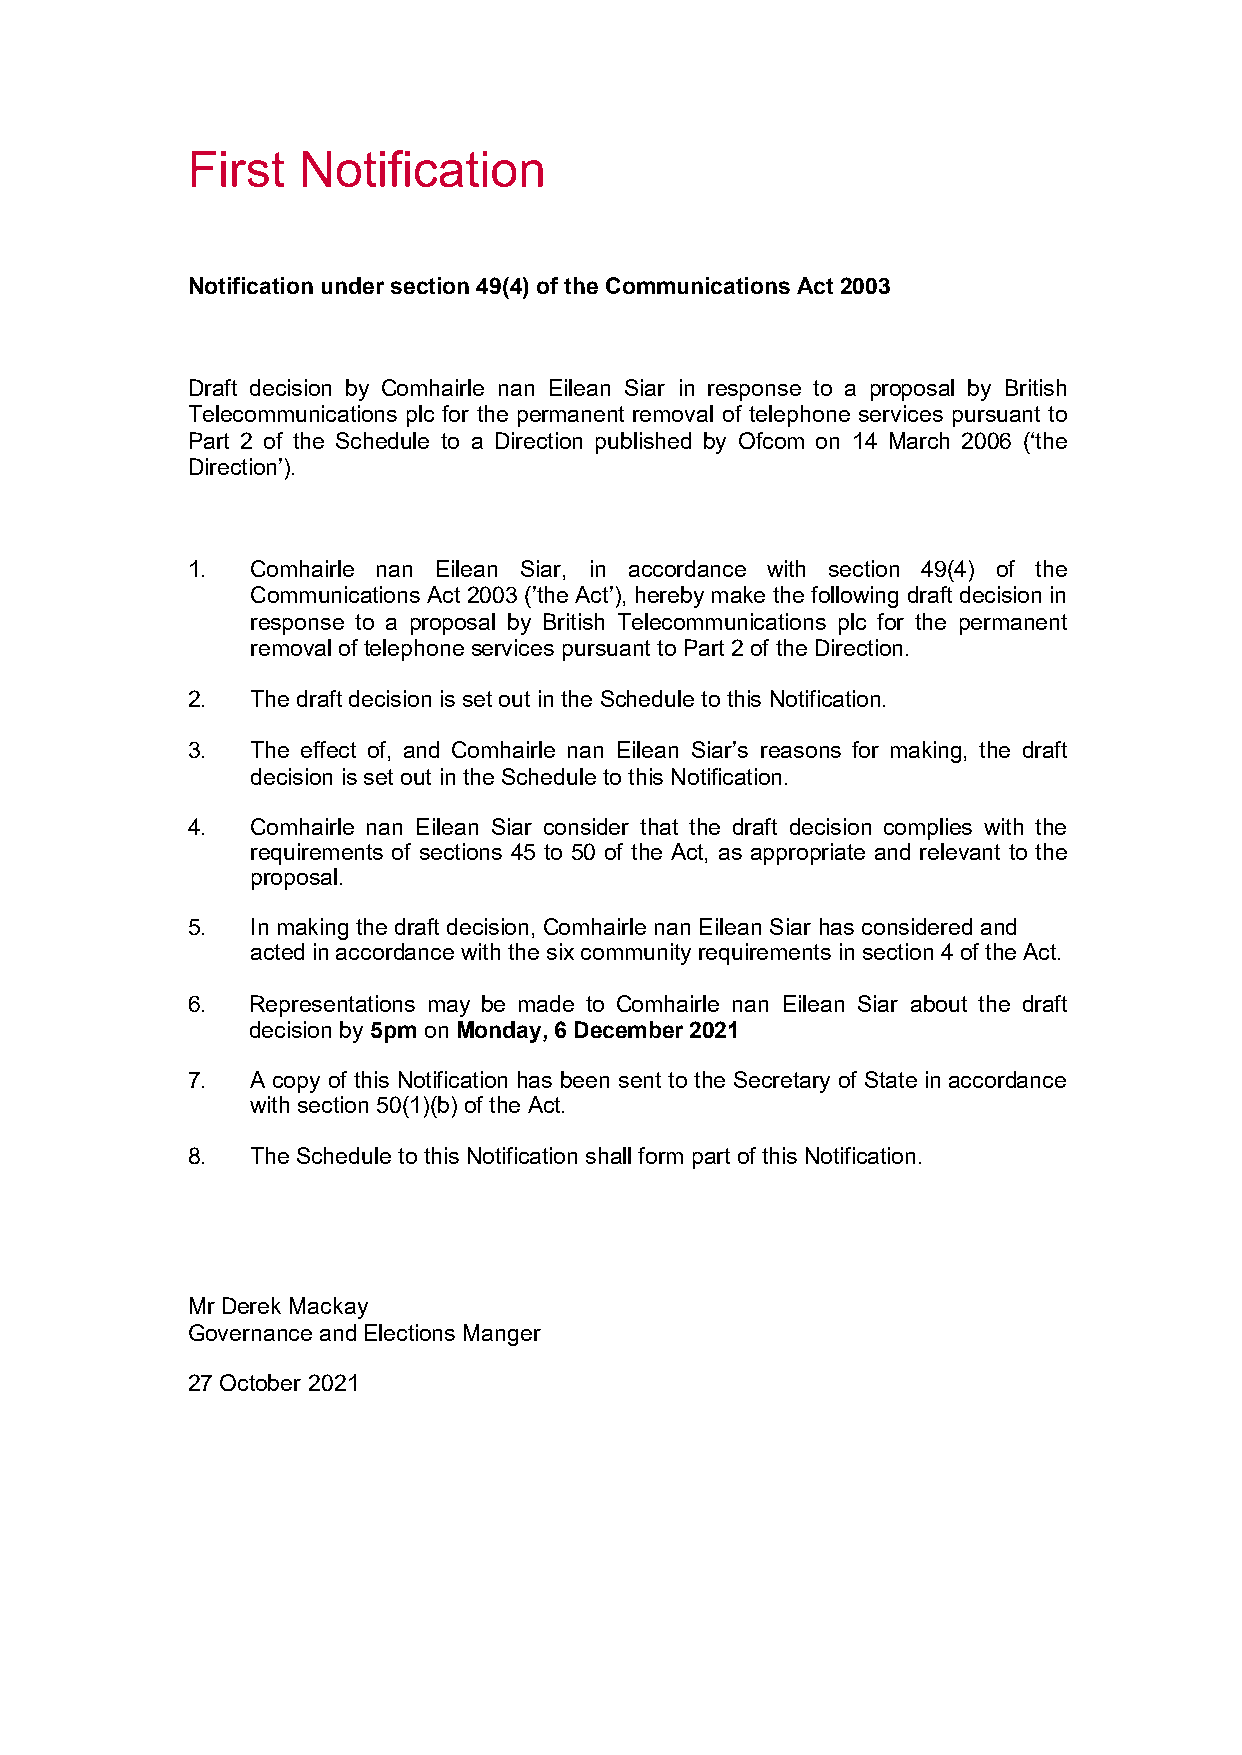
First   Notification
 Notification under section 49(4) of the Communications Act 2003
 Draft decision by Comhairle nan Eilean Siar in response to a proposal by British
 Telecommunications plc for the permanent removal of telephone services pursuant to
 Part 2 of the Schedule to a Direction published by Ofcom on 14 March 2006 (‘the
 Direction’).
 1.   Comhairle nan Eilean Siar, in accordance with section 49(4) of the
 Communications Act 2003 (’the Act’), hereby make the following draft decision in
 response to a proposal by British Telecommunications plc for the permanent
 removal of telephone services pursuant to Part 2 of the Direction.
 2.   The draft decision is set out in the Schedule to this Notification.
 3.   The effect of, and Comhairle nan Eilean Siar’s reasons for making, the draft
 decision is set out in the Schedule to this Notification.
 4.   Comhairle nan Eilean Siar consider that the draft decision complies with the
 requirements of sections 45 to 50 of the Act, as appropriate and relevant to the
 proposal.
 5.   In making the draft decision, Comhairle nan Eilean Siar has considered and
 acted in accordance with the six community requirements in section 4 of the Act.
 6.  Representations may be made to Comhairle nan Eilean Siar about the draft
 decision by 5pm on Monday, 6 December 2021
 7.   A copy of this Notification has been sent to the Secretary of State in accordance
 with section 50(1)(b) of the Act.
 8.   The Schedule to this Notification shall form part of this Notification.
 Mr Derek Mackay
 Governance and Elections Manger
 27 October 2021